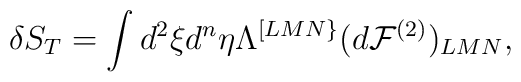
\delta S_T=\int d^2\xi d^n\eta \Lambda^{[LMN\}}(d{\cal F}^{(2)})_{LMN},